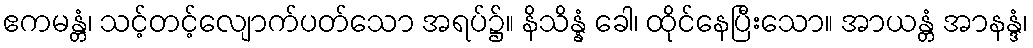
ဧကမန္တံ၊ သင့်တင့်လျောက်ပတ်သော အရပ်၌။ နိသိန္နံ ခေါ၊ ထိုင်နေပြီးသော။ အာယန္တံ အာနန္ဒံ၊